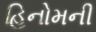
હિનોમની